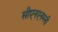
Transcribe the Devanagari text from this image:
सीएनएनमनी